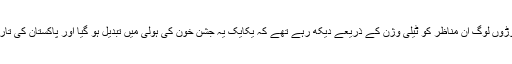
لاکھوں عوام اس جلوس میں شریک تھے اور کروڑوں لوگ ان مناظر کو ٹیلی وژن کے ذریعے دیکھ رہے تھے کہ یکایک یہ جشن خون کی ہولی میں تبدیل ہو گیا اور پاکستان کی تاریخ کے بدترین دھماکوں سے صفِ ماتم بچھ گئی۔